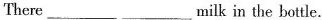
There___ ___milk in the bottle.